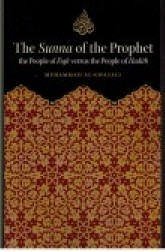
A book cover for The Sunna of the Prophet: The People of Fiqq. Jesus the People of Hadith; Muhammad Al Ghazzali; Religion & Spirituality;